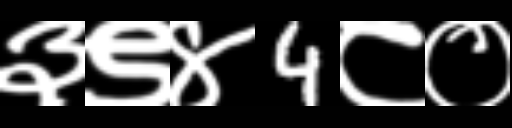
Text: ३९४4८०